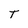
Character: T